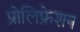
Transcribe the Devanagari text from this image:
प्रोलिफ्रेशन